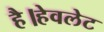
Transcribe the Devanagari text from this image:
है।हेवलेट